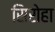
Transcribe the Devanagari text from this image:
सिरोहा